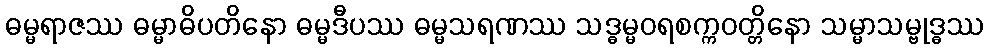
ဓမ္မရာဇဿ ဓမ္မာဓိပတိနော ဓမ္မဒီပဿ ဓမ္မသရဏဿ သဒ္ဓမ္မဝရစက္ကဝတ္တိနော သမ္မာသမ္ဗုဒ္ဓဿ